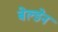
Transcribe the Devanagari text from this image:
बेल्डेन